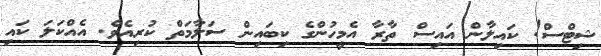
ޝިޓްސް! ކައިލާން އައިސް ތާރާ އެމީހުންގެ ކިބައިން ސަލާމަތް ކުރިއެވެ. އެއްކަލަ ކައި